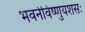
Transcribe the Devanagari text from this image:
भवनेविष्णुयशसः